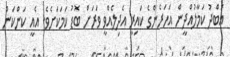
އަބްދު ކަމާލުއްދީން އަހަރެންގެ ކައިރީ އެދިލެއްވީ ވަރަށް ބޮޑު ކަމަކަށެވެ. އެއީ ކަންކަން